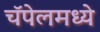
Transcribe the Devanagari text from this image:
चॅपेलमध्ये